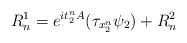
LaTeX: \begin{align*}R_n^1= e^{it_2^n A}(\tau_{x_2^n}\psi_2)+ R_n^2\end{align*}